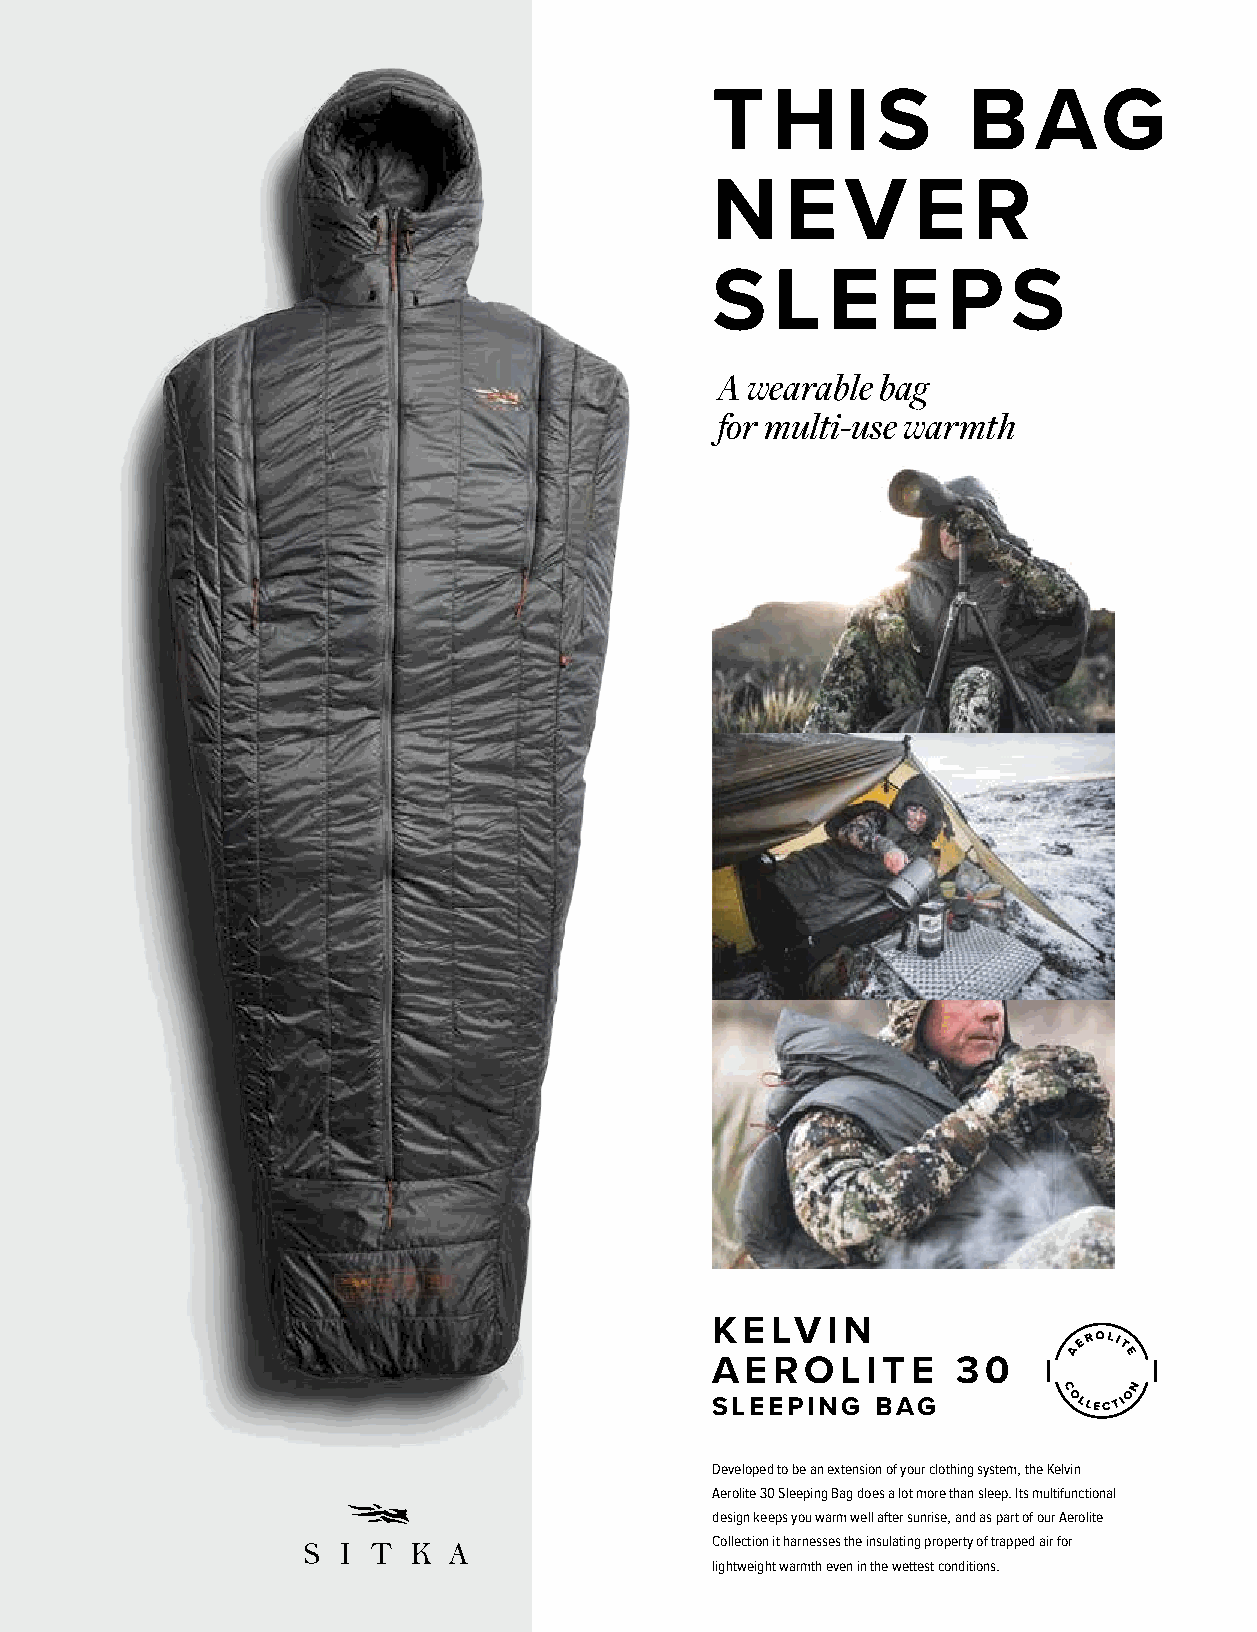
SPONSORED BY
 THURSDAY
 T   H    I S     B    AG
 CONSERVATION NIGHT
 N    E   V   E   R
 S   L   E   E   P   S
 A wearable bag
 for multi-use warmth
 KELVIN
 AEROLITE        30
 SLEEPING   BAG
 Developed to be an extension of your clothing system, the Kelvin
 Aerolite 30 Sleeping Bag does a lot more than sleep. Its multifunctional
 design keeps you warm well after sunrise, and as part of our Aerolite
 Collection it harnesses the insulating property of trapped air for
 lightweight warmth even in the wettest conditions.
 42.               6:30 pm - 10:00 pm - Thursday, January 13, 2022 • Tuscany Ballroom • Reno, Nevada
 SSIITTKKAA__22002211__PPrriinnttAAdd__AAeerroolliittee__BBaagg__0088..iinndddd 11 55//1177//2211 1100::3377 AAMM
 •
 TEUQNAB
 YADSRUHT
 •